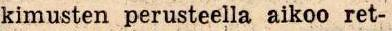
kimusten perusteella aikoo ret-